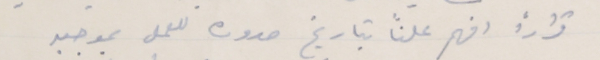
قرارًا افهم علنًا بتاريخ صدوره للعمل بموجبه